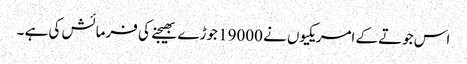
اس جوتے کے امریکیوں نے 19000 جوڑے بھیجنے کی فرمائش کی ہے ۔